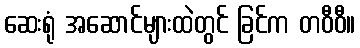
ဆေးရုံ အဆောင်များထဲတွင် ခြင်က တဝီဝီ။